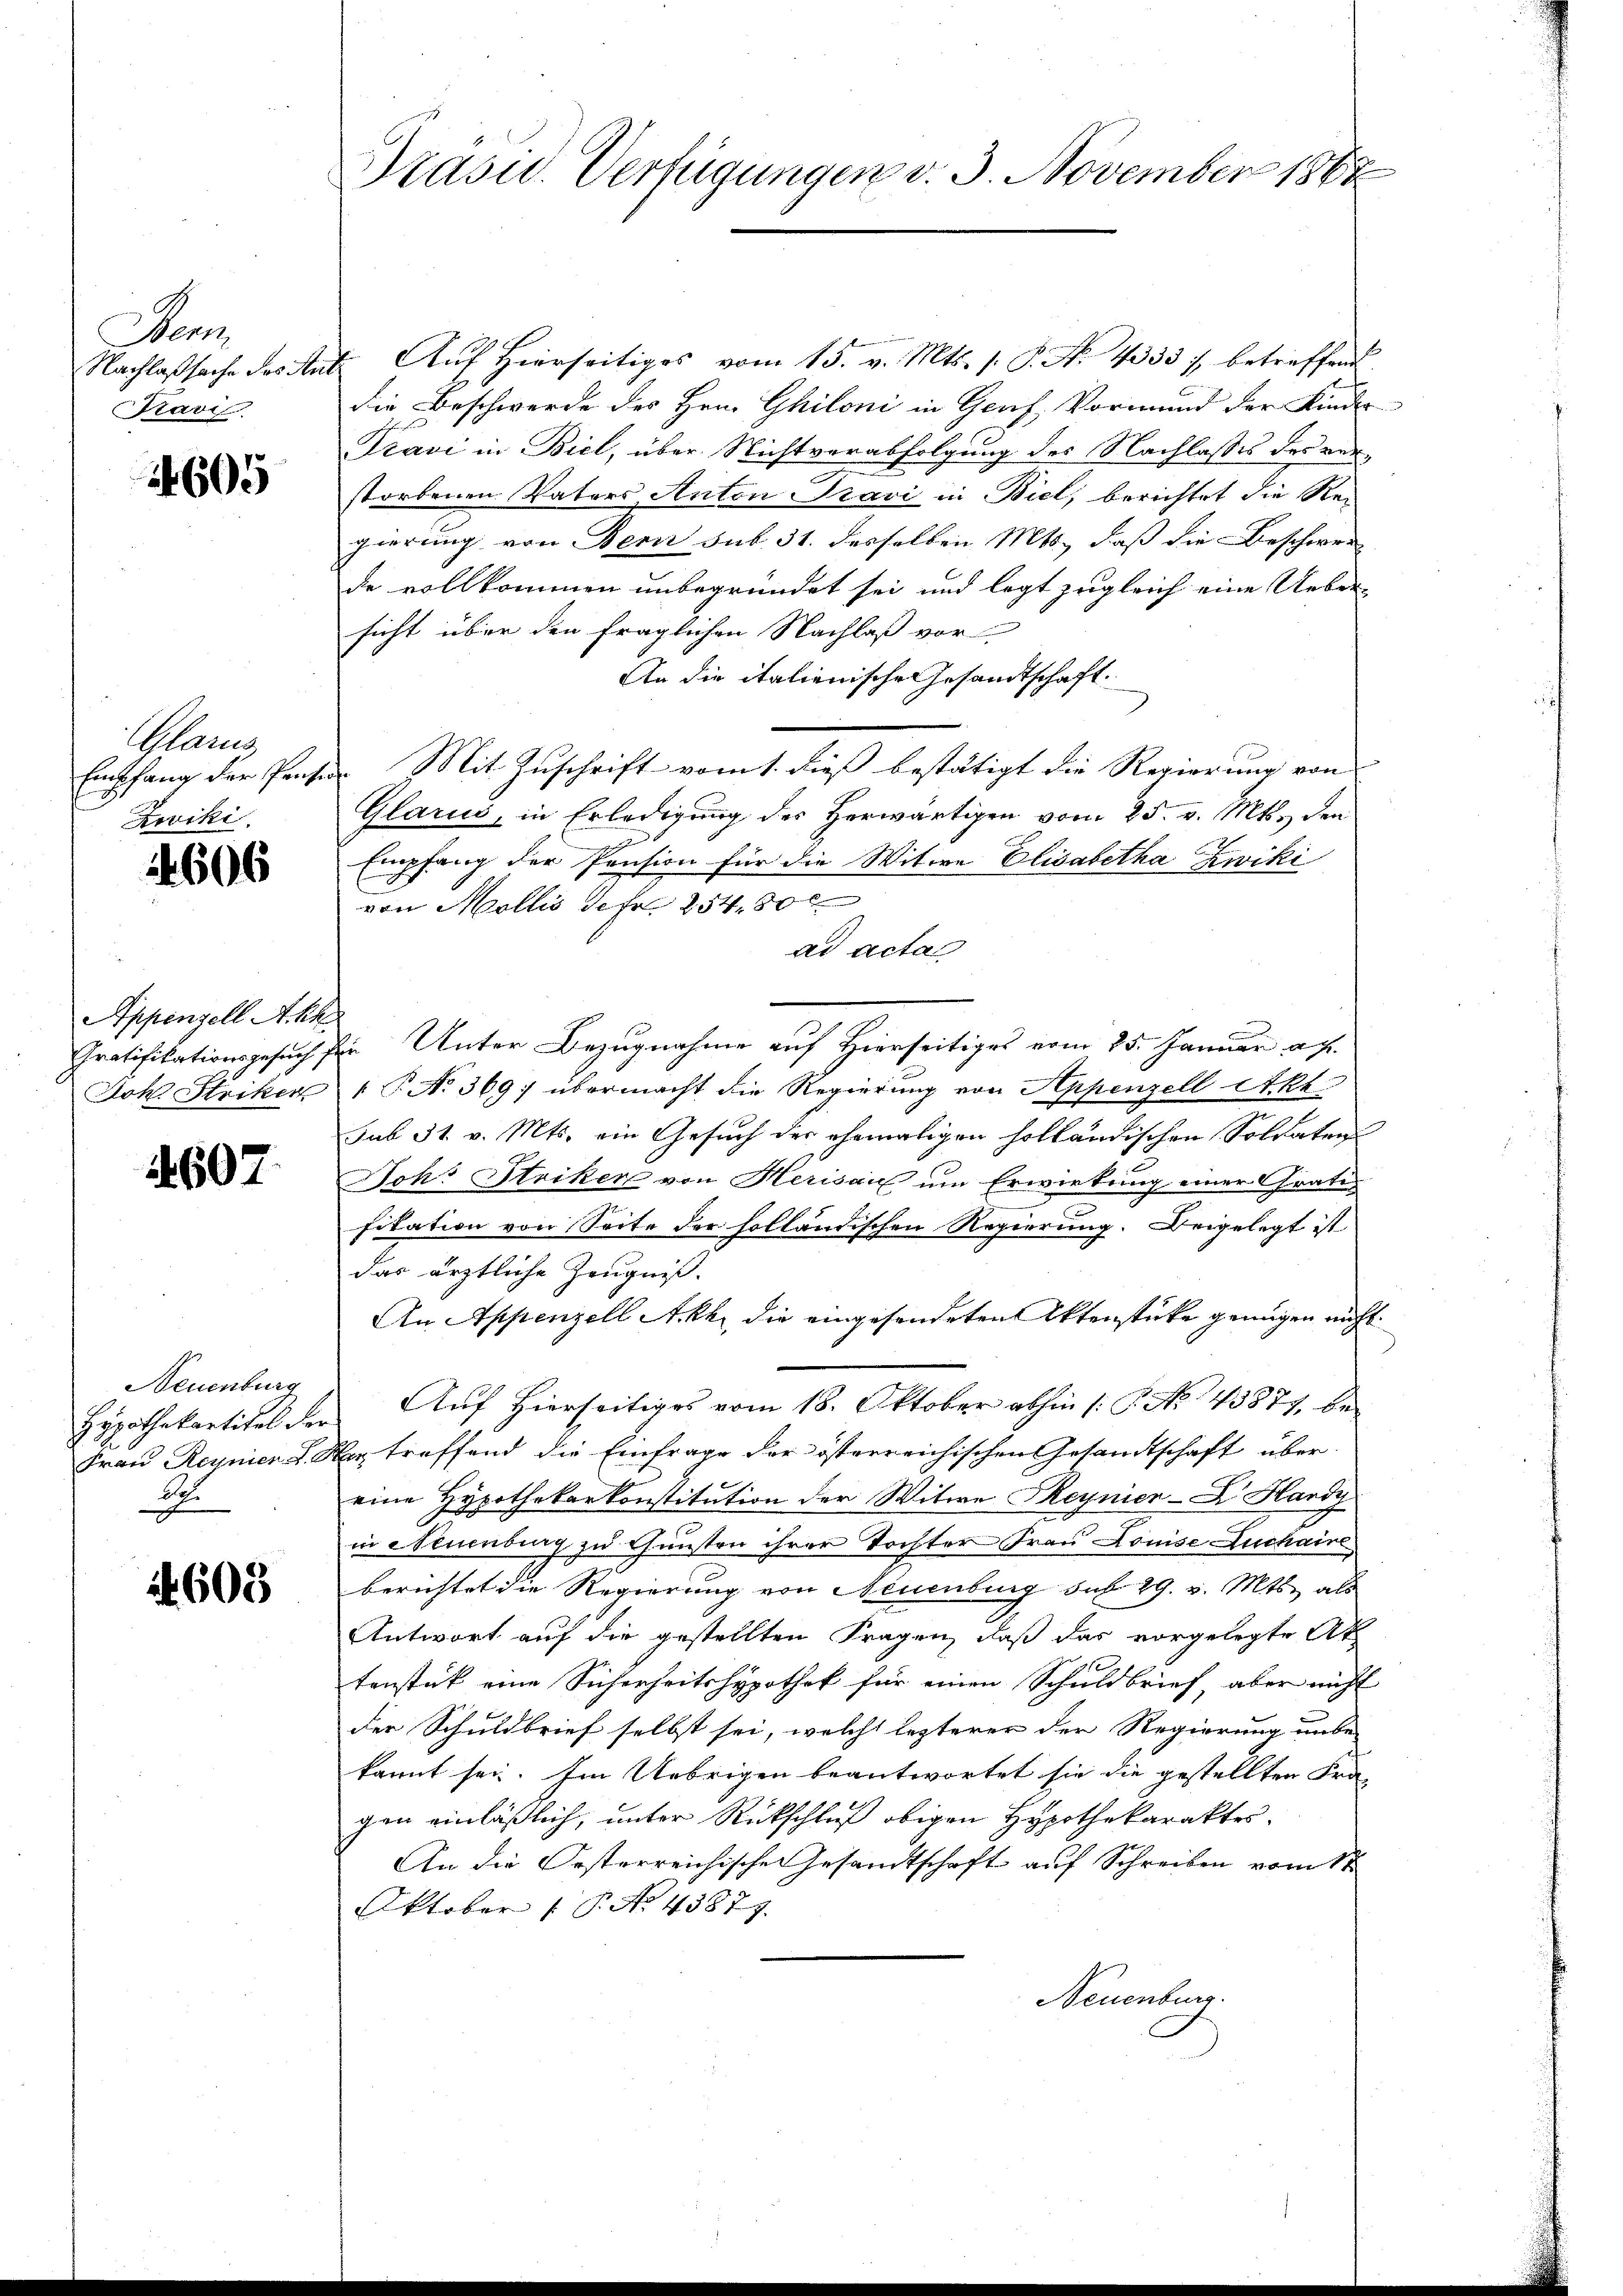
Dem
Pravi

4605

Glarus
Zwiki.

606

Appenzell A.Rh.
Joh. Striker

4607.

Neuenburg
Frau Reyner e
de
x

605

Drasu. Verfügungen v. 3. November 1888

Nachlaßsache des Ant. Aŭf Hierseitiges vom 15. v. Mts. s. S. No. 4333 / betreffend
die Beschwerde des Hrn. Ghiloni in Genf, Vormund der Kinde
Pravi in Biel, über Nichtverabfolgung des Nachlasses des verstorbenen Vaters Anton Pravi in Biel, berichtet die Regierung von Bern sub. 31. desselben Mts., daß die Beschwer-
de vollkommen unbegründet sei und legt zugleich eine Ueber
sicht über den fraglichen Nachlaß vor
An die italienische Gesandtschaft.
Empfang der Pente Mit Zuschrift vom 1. dieß bestätigt die Regierung von
Glarus, in Erledigung des Herwärtigen vom 25. v. Mts., den
Empfang der Pension für die Witwe Elisabetha Zwiki
von Mollis Sefr. 254. 30 x
ad acta
Gratifikationsgesuch sein Unter Bezugnahme auf Hierseitiges vom 25. Januar a. f.
P No 369; übermacht die Regierung von Appenzell Akt
sub 31. v. Mts. ein Gesuch der ehemaligen holländischen Soldaten
Johr Striker von Herisau um Erwirkung einer Grati
fikation von Seite der holländischen Regierung. Beigelegt ist
das ärztliche Zeugniß.
An Appenzell A.Rh., die eingesendeten Aktenstücke genügen nicht.
Hypothekartitel der Auf Hierseitiges vom 18. Oktober abhin /: P. No. 43871, be¬
Er treffend die Einfrage der österreichischen Gesandtschaft über-
eine Hypothekarkonstitution der Witwe Reynier-C. Hardy
in Neuenburg zu Gunsten ihrer Tochter Frau Louise Luchaine
berichtet die Regierung von Neuenburg sub 29. v. Mts. als
Antwort auf die gestellten Fragen, daß das vorgelegte Ak
tenstück eine Sicherheitshypothek für einen Schuldbrief, aber nicht
der Schuldbrief selbst sei, welche lezterer der Regierung unbe-
kannt sei. Ein Uebrigen beantwortet sie die gestellten Fra-
gen einläßlich, unter Rückschluß obigen Hypothekaraktes.
An die Oesterreichischen Gesamtschaft auf Schreiben vom 1ten
Oktober (T. No 45879.
Neuenburg.